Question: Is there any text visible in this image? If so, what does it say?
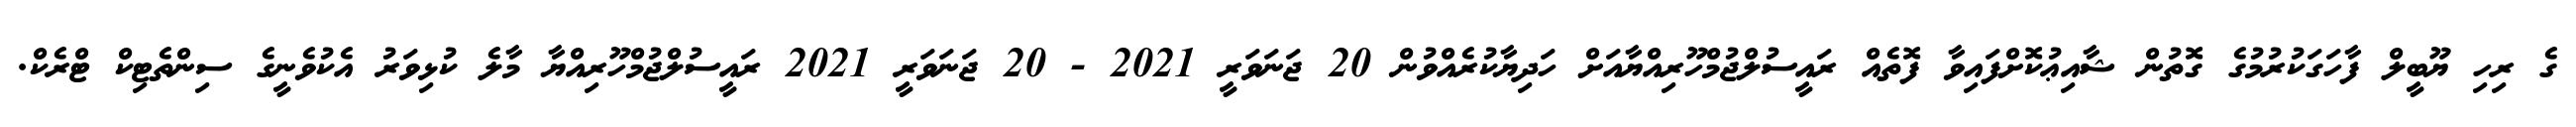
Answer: ގެ ރިހި ޔޫބީލް ފާހަގަކުރުމުގެ ގޮތުން ޝާއިޢުކޮށްފައިވާ ފޮތެއް ރައީސުލްޖުމްހޫރިއްޔާއަށް ހަދިޔާކުރެއްވުން 20 ޖަނަވަރީ 2021 - 20 ޖަނަވަރީ 2021 ރައީސުލްޖުމްހޫރިއްޔާ މާލެ ކުޅިވަރު އެކުވެނީގެ ސިންތެޓިކް ޓްރެކް.